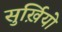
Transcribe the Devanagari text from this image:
सुर्ख़ियो